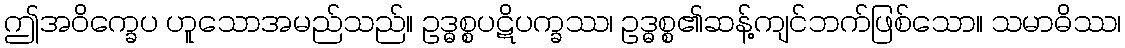
ဤအဝိက္ခေပ ဟူသောအမည်သည်။ ဥဒ္ဓစ္စပဋိပက္ခဿ၊ ဥဒ္ဓစ္စ၏ဆန့်ကျင်ဘက်ဖြစ်သော။ သမာဓိဿ၊